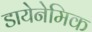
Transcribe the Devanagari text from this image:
डायेनेमिक